Civil Veterinary Dept. Bombay admin report 1932-41 - 1932-1941
Year: 1932
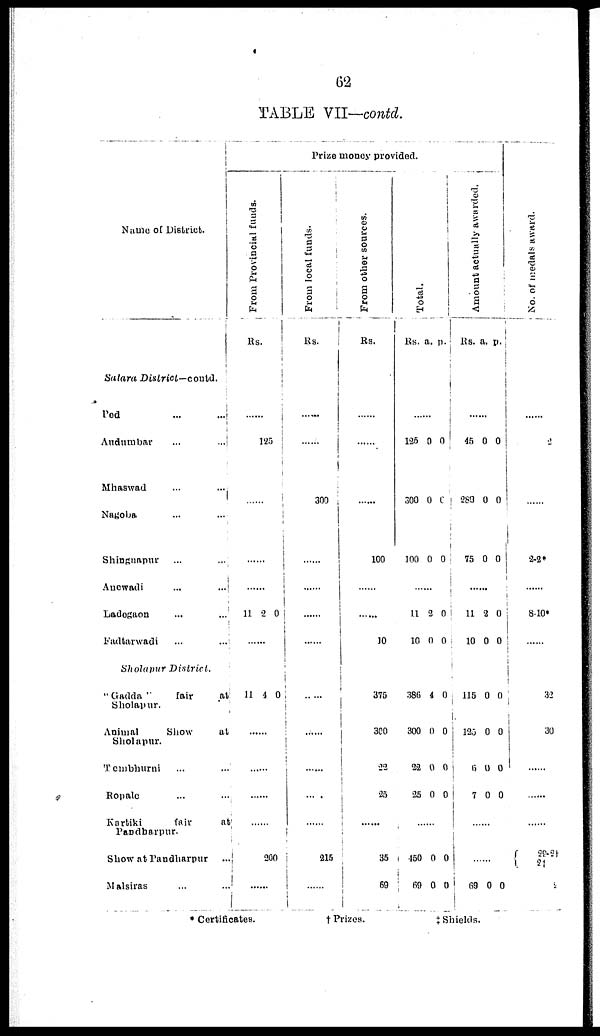
62
TABLE VII—contd.
Name of District.
Satara
District—contd.
Ped
...
...
Audumbar
...
...
Mhaswad
...
...
Nagoba ... ...
Shinguapur
...
...
Anewadi
...
...
Ladegaon
...
...
Fadtarwadi
...
...
Sholapur District.
"Gadda ''
fair
at
Sholapur.
Animal
Show
at
Sholapur.
Temburni ... ...
Ropale ... ...
Kartiki
fair
at
Pandharpur.
Show at Pandharpur
...
Malsiras
...
...
Prize money provided.
From Provincial funds.
Rs.
......
125
.....
.
......
......
11 2 0
......
11 4 0
......
......
......
......
20
0
......
From local funds.
Rs.
......
......
300
......
......
......
......
......
......
......
......
......
215
......
From other sources.
Rs.
......
......
......
100
......
......
10
375
300
......
25
......
35
69
Total.
Rs. a. p.
......
125
300
100
0
0
0
0
0
0
......
11
10
2
0
0
0
386
300
22
25
4
0
0
0
0
0
0
0
......
450
69
0
0
0
0
Amount actually awarded.
Rs. a. p.
......
45
289
75
0
0
0
0
0
0
......
11
10
2
0
0
0
115
125
6
7
0
0
0
0
0
0
0
0
......
......
69 0 0
No. of medals award
......
2
......
2-2*
.....
8.10*
.....
32
30
......
......
......
29-2†
2†
2
* Certificates.
†
Prizes.
‡Shields.